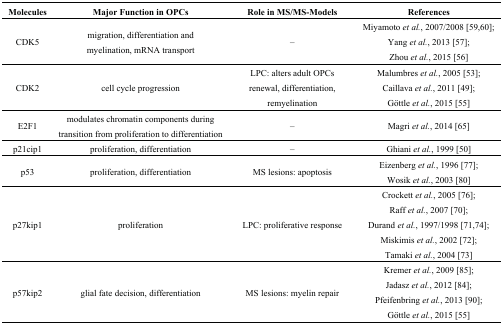
| Molecules | Major Function in OPCs | Role in MS/MS-Models | References |
 | --- | --- | --- | --- |
 | CDK5 | migration, differentiation and myelination, mRNA transport | – | Miyamoto et al., 2007/2008 [59,60]; Yang et al., 2013 [57]; Zhou et al., 2015 [56] |
 | CDK2 | cell cycle progression | LPC: alters adult OPCs renewal, differentiation, remyelination | Malumbres et al., 2005 [53]; Caillava et al., 2011 [49]; Göttle et al., 2015 [55] |
 | E2F1 | modulates chromatin components during transition from proliferation to differentiation | – | Magri et al., 2014 [65] |
 | p21cip1 | proliferation, differentiation | – | Ghiani et al., 1999 [50] |
 | p53 | proliferation, differentiation | MS lesions: apoptosis | Eizenberg et al., 1996 [77]; Wosik et al., 2003 [80] |
 | p27kip1 | proliferation | LPC: proliferative response | Crockett et al., 2005 [76]; Raff et al., 2007 [70]; Durand et al., 1997/1998 [71,74]; Miskimis et al., 2002 [72]; Tamaki et al., 2004 [73] |
 | p57kip2 | glial fate decision, differentiation | MS lesions: myelin repair | Kremer et al., 2009 [85]; Jadasz et al., 2012 [84]; Pfeifenbring et al., 2013 [90]; Göttle et al., 2015 [55] |